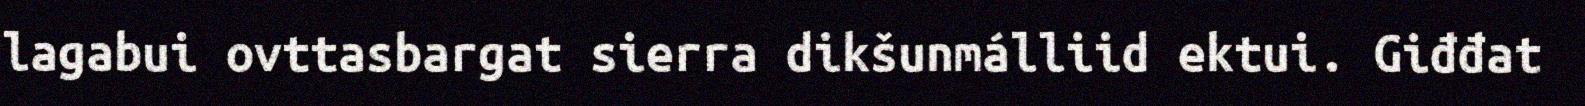
lagabui ovttasbargat sierra dikšunmálliid ektui. Giđđat